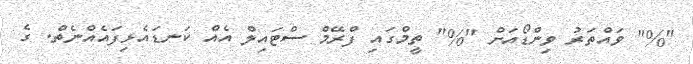
"%" ވައްތަރު ވިންޑޯއަށް "%" ތީމްގައި ފްރޭމް ސްޓައިލް އެއް ކަނޑައެޅިފައެއްނެތް. ގެ